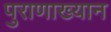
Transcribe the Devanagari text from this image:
पुराणाख्यान